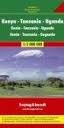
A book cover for Kenya, Uganda & Tanzania 1:2,000,000 Travel Map FREYTAG; Freytag & Berndt; Travel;